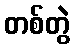
တစ်တွဲ